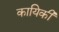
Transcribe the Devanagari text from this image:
कायिकी